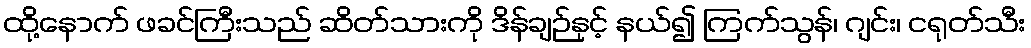
ထို့နောက် ဖခင်ကြီးသည် ဆိတ်သားကို ဒိန်ချဉ်နှင့် နယ်၍ ကြက်သွန်၊ ဂျင်း၊ ငရုတ်သီး